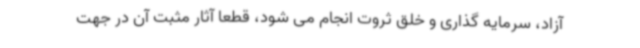
آزاد، سرمایه گذاری و خلق ثروت انجام می شود، قطعا آثار مثبت آن در جهت